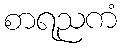
စာရညကံ